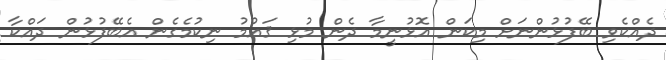
ދެއްކެވި ބޭފުޅުންނަށް މިކަން އޮޅުނީމާ ދެން މުޅި ޤައުމު ނިކުމެގެން އެބޭފުޅުން ދައްކާ